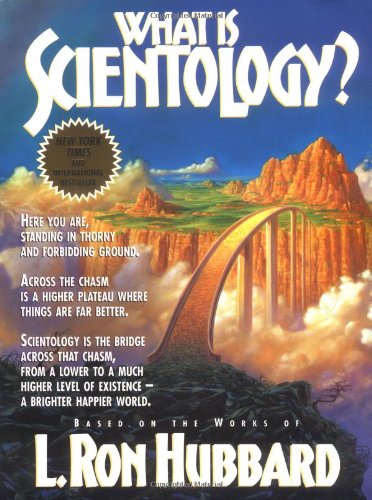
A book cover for What Is Scientology?; L. Ron Hubbard; Religion & Spirituality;